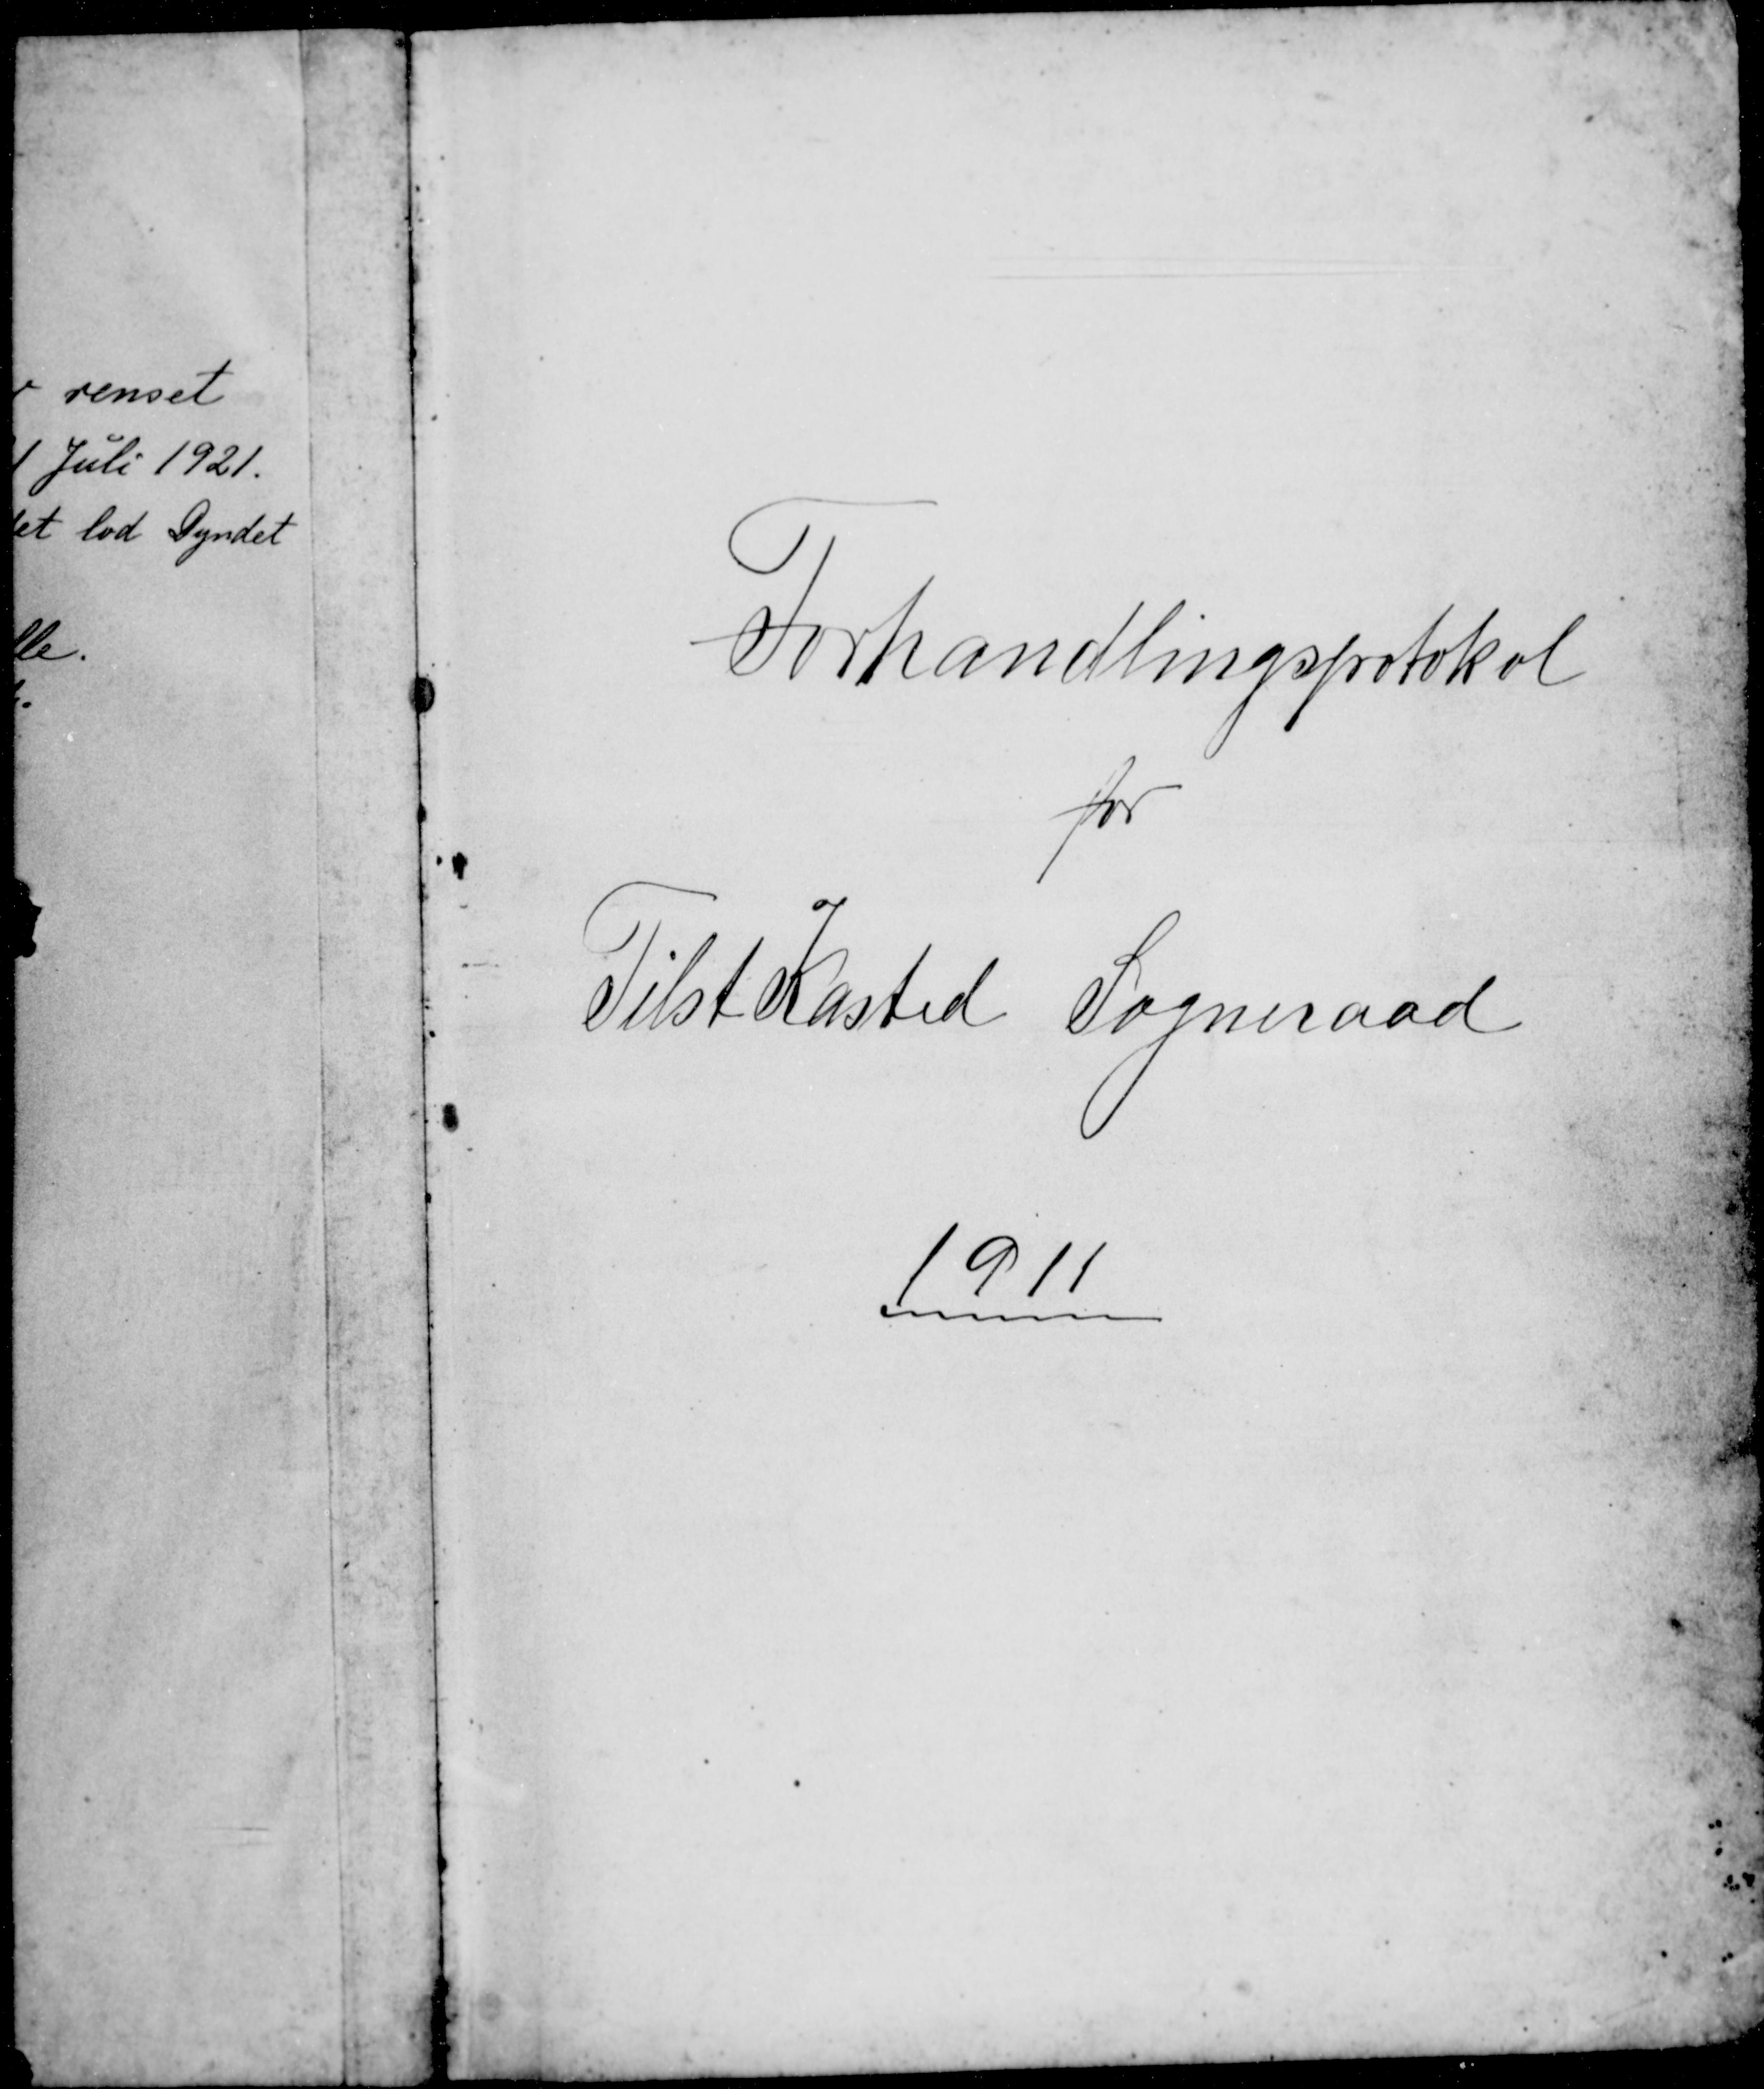
Transskription:
Forhandlingsprotokol
for
Tilst Kasted Sogneraad
1911